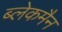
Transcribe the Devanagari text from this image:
ब्लेकमैन